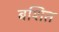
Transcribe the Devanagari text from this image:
बशित